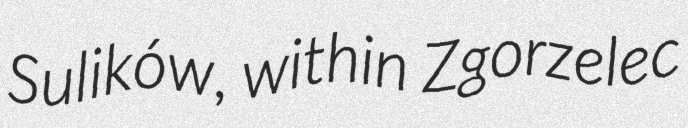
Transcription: Sulików, within Zgorzelec